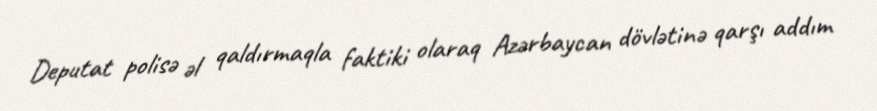
Deputat polisə əl qaldırmaqla faktiki olaraq Azərbaycan dövlətinə qarşı addım